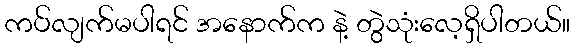
ကပ်လျက်မပါရင် အနောက်က နဲ့ တွဲသုံးလေ့ရှိပါတယ်။